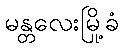
မန္တလေးမြို့ခံ